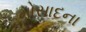
મોસાદના